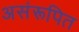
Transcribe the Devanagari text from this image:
असंरूपित